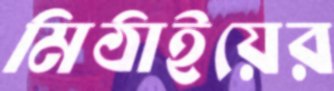
মিঠাইয়ের